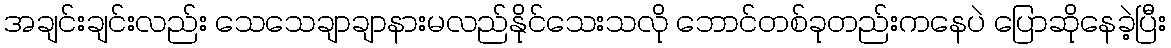
အချင်းချင်းလည်း သေသေချာချာနားမလည်နိုင်သေးသလို ဘောင်တစ်ခုတည်းကနေပဲ ပြောဆိုနေခဲ့ပြီး